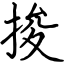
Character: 捘